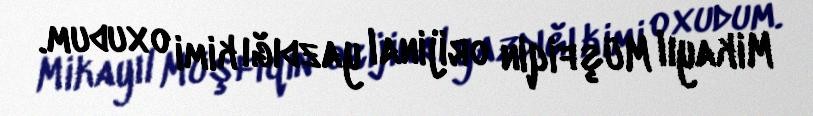
Mikayıl Müşfiqin orijinal yazdığı kimi oxudum.